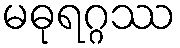
မဓုရဂ္ဂဿ